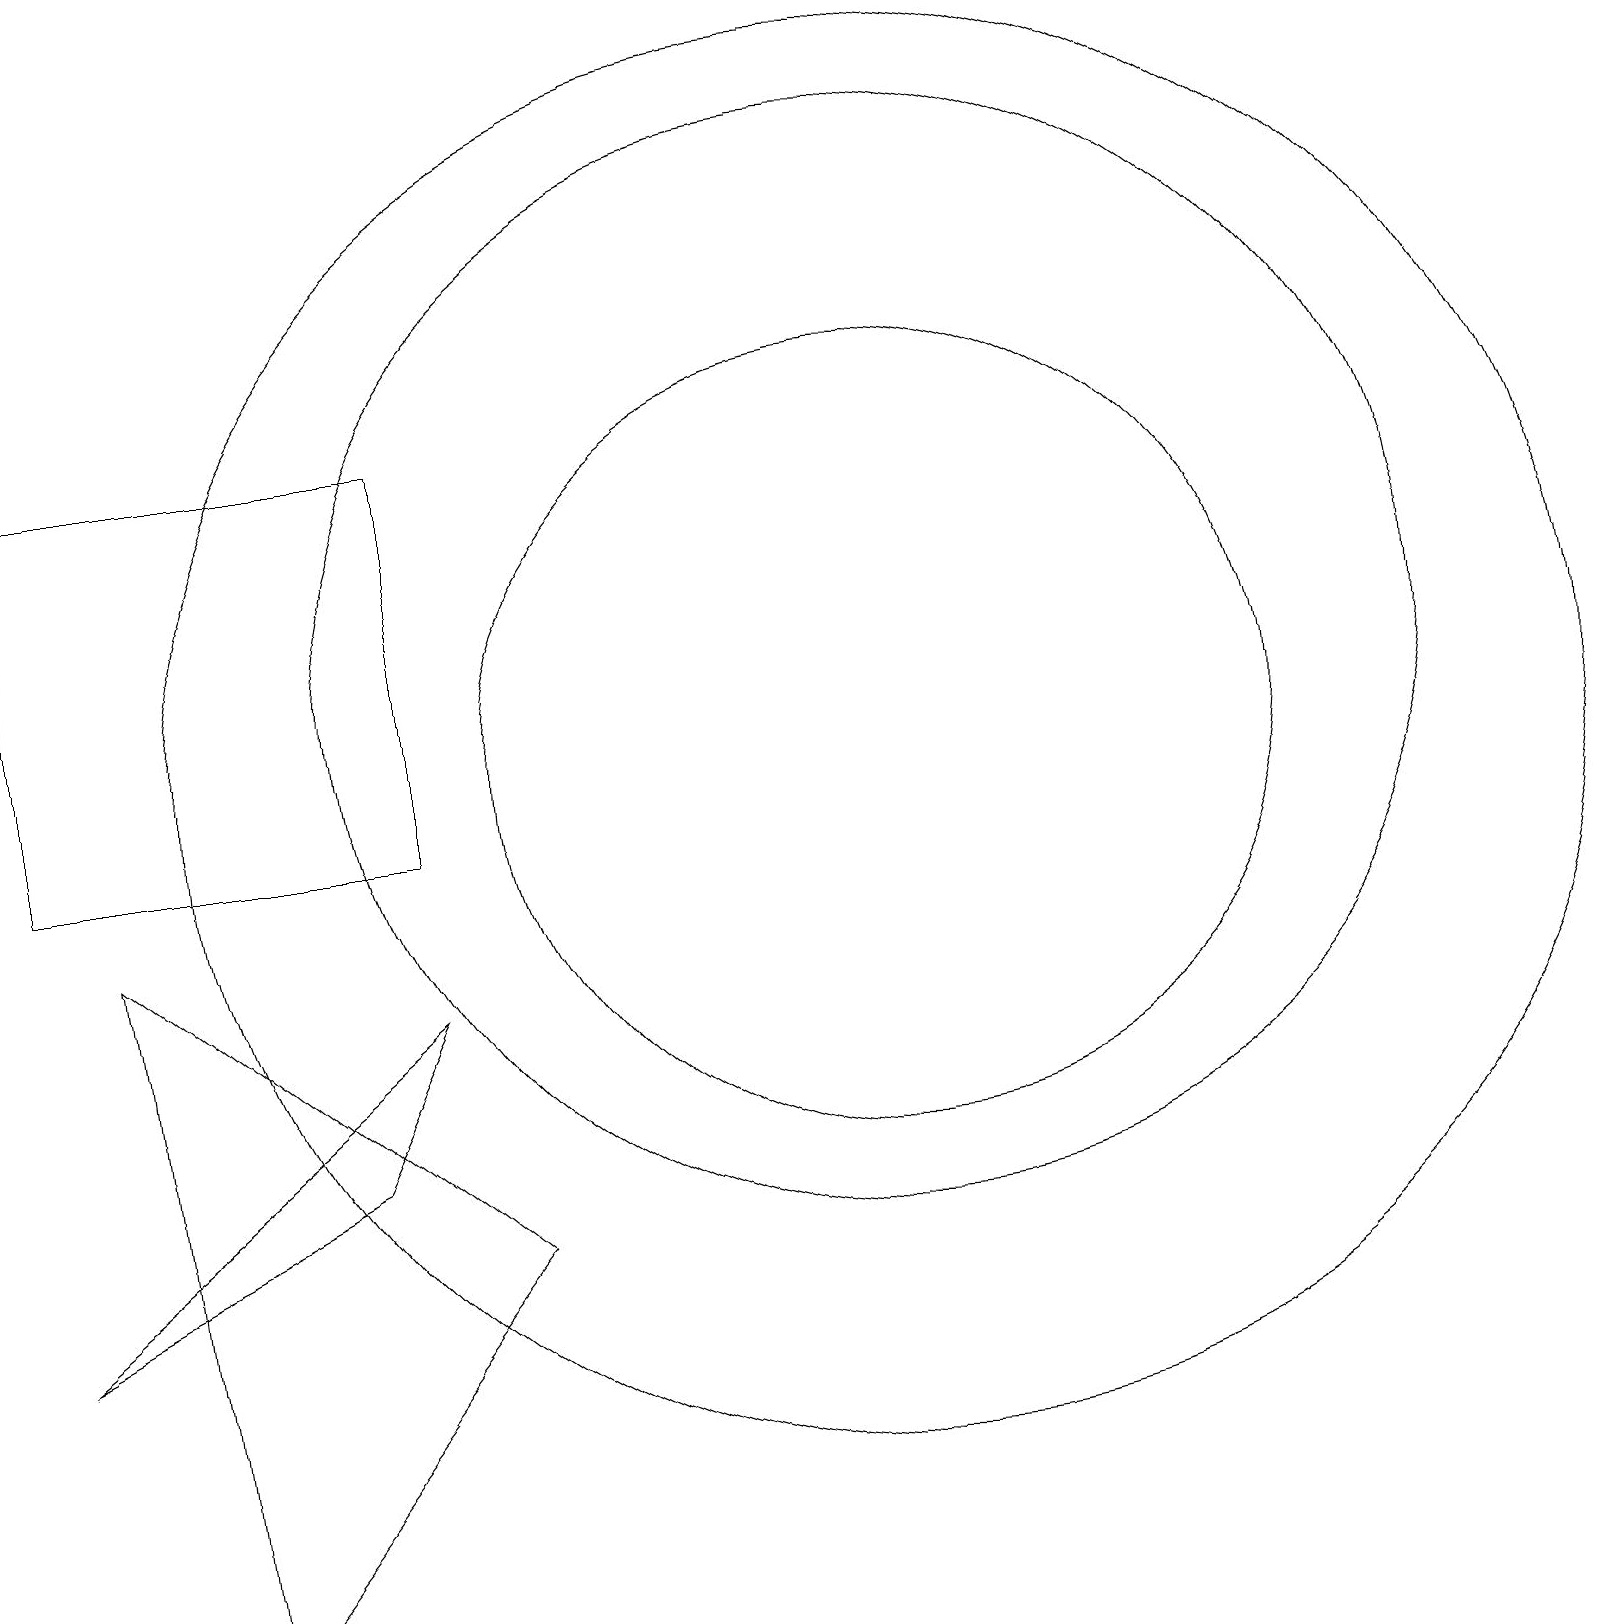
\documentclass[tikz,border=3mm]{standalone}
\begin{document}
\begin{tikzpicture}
\draw (11,11) circle (5);
\draw (5,10) rectangle (0,15);
\draw (11,11) circle (9);
\draw (11,12) circle (7);
\draw (0,4) -- (4,6) -- (5,8) -- cycle;
\draw (2,0) -- (1,9) -- (6,5) -- cycle;
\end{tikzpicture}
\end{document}